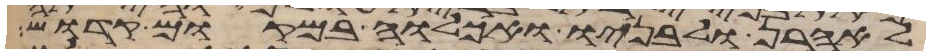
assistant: לאהרן ולבניו ואכלוה במקום קדוש